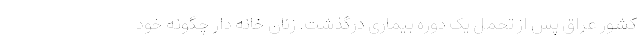
کشور عراق پس از تحمل یک دوره بیماری درگذشت. زنان خانه دار چگونه خود